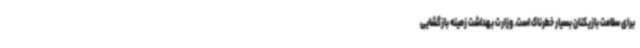
برای سلامت بازیکنان بسیار خطرناک است. وزارت بهداشت زمینه بازگشایی